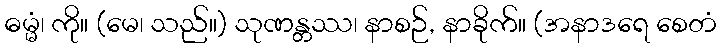
ဓမ္မံ၊ ကို။ (မေ၊ သည်။) သုဏန္တဿ၊ နာစဉ်, နာခိုက်။ (အနာဒရေ စေတံ